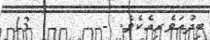
ބިދުޢަވެރިއެކެވެ. -        13